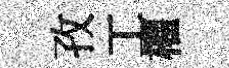
孜工權